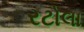
રટોલા